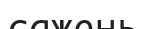
сажень